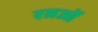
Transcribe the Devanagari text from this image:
रत्नओं